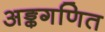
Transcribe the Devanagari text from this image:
अङ्कगणित